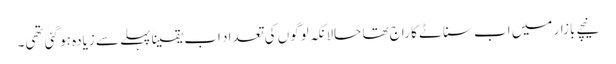
نیچے بازار میں اب سناٹے کا راج تھا حالانکہ لوگوں کی تعداد اب یقیناً پہلے سے زیادہ ہو گئی تھی۔